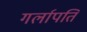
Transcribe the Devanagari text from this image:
गर्लापति